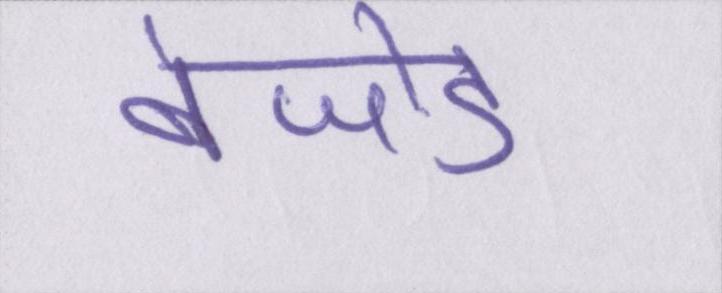
बेजोड